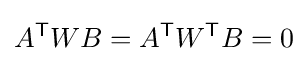
A^{\mathsf {T}}WB=A^{\mathsf {T}}W^{\mathsf {T}}B=0